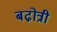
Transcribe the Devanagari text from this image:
बढो़त्री